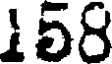
158